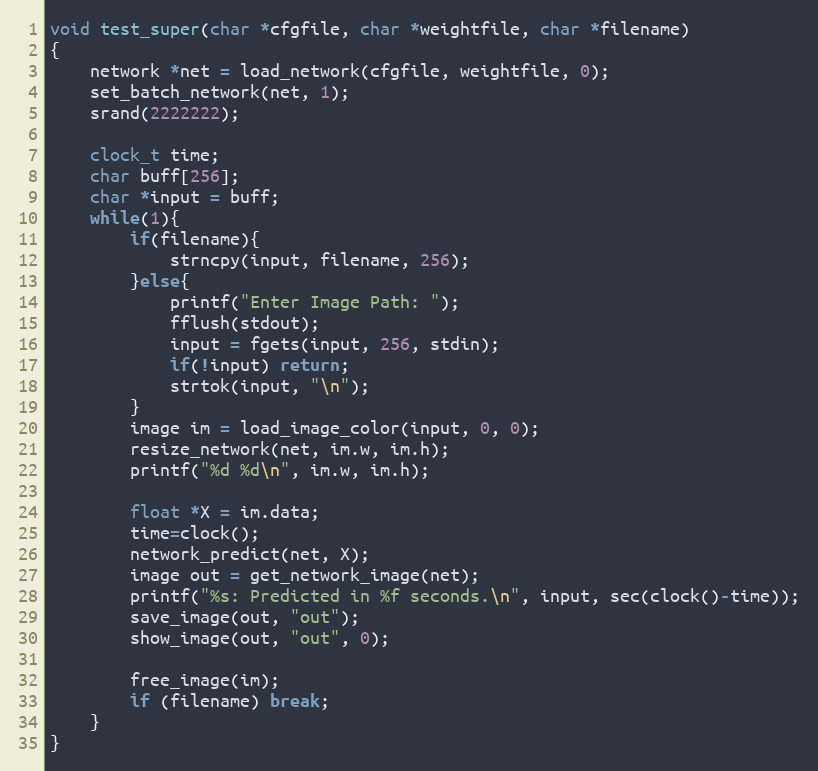
Language: C
void test_super(char *cfgfile, char *weightfile, char *filename)
{
    network *net = load_network(cfgfile, weightfile, 0);
    set_batch_network(net, 1);
    srand(2222222);

    clock_t time;
    char buff[256];
    char *input = buff;
    while(1){
        if(filename){
            strncpy(input, filename, 256);
        }else{
            printf("Enter Image Path: ");
            fflush(stdout);
            input = fgets(input, 256, stdin);
            if(!input) return;
            strtok(input, "\n");
        }
        image im = load_image_color(input, 0, 0);
        resize_network(net, im.w, im.h);
        printf("%d %d\n", im.w, im.h);

        float *X = im.data;
        time=clock();
        network_predict(net, X);
        image out = get_network_image(net);
        printf("%s: Predicted in %f seconds.\n", input, sec(clock()-time));
        save_image(out, "out");
        show_image(out, "out", 0);

        free_image(im);
        if (filename) break;
    }
}